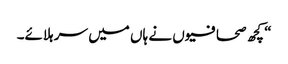
“ کچھ صحافیوں نے ہاں میں سر ہلائے۔